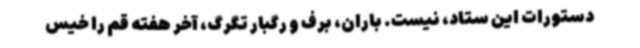
دستورات این ستاد، نیست. باران، برف و رگبار تگرگ، آخر هفته قم را خیس